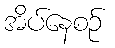
အိပ်နေစဉ်